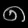
Digit: ၈